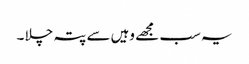
یہ سب مجھے وہیں سے پتہ چلا ۔